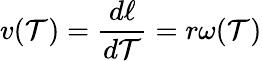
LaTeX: v(\mathcal{T})={\frac{{d\ell}}{{d\mathcal{T}}}}=r\omega(\mathcal{T})